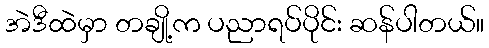
အဲဒီထဲမှာ တချို့က ပညာရပ်ပိုင်း ဆန်ပါတယ်။